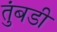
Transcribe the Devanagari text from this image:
तुंबडी